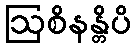
ဩစိနန္တိပိ